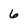
Character: 6